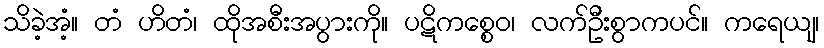
သိခဲ့အံ့။ တံ ဟိတံ၊ ထိုအစီးအပွားကို။ ပဋိကစ္စေဝ၊ လက်ဦးစွာကပင်။ ကရေယျ၊